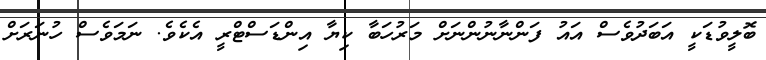
ބޮލީވުޑަކީ އަބަދުވެސް އައު ފަންނާނުންނަށް މަރުހަބާ ކިޔާ އިންޑަސްޓްރީ އެކެވެ. ނަމަވެސް ހުނަރަށް